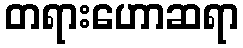
တရားဟောဆရာ